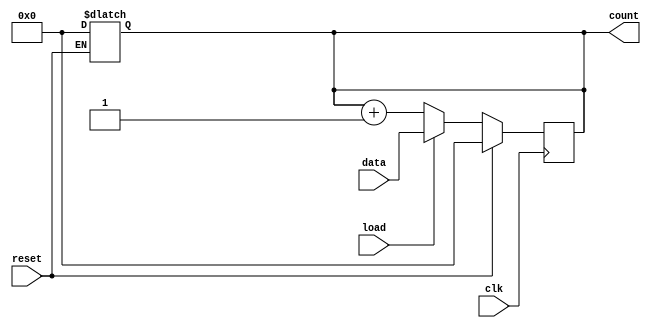
module LoadableCounter (
    input wire clk,           // Clock signal
    input wire load,          // Load signal
    input wire reset,         // Reset signal
    input wire [7:0] data,    // Load value input (8 bits)
    output reg [7:0] count    // Current count output (8 bits)
);

// Asynchronous reset
always @(*) begin
    if (reset) begin
        count = 8'b0; // Reset count to zero
    end
end

// Synchronous operations
always @(posedge clk) begin
    if (reset) begin
        count <= 8'b0; // Reset count to zero
    end else if (load) begin
        count <= data; // Load data into the counter
    end else begin
        count <= count + 1; // Increment count
    end
end

endmodule